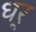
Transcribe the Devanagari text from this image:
धर्